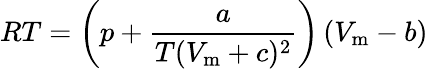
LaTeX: RT=\left(p+{\frac{a}{T(V_{\mathrm{m}}+c)^{2}}}\right)\left(V_{\mathrm{m}}-b\right)